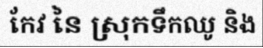
កែវ នៃ ស្រុកទឹកឈូ និង